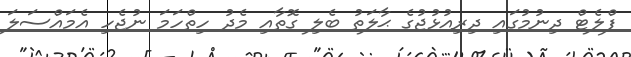
ފްލެޓް ދިނުމުގައި ދިރިއުޅުޖުގެ ޙާލަތު ބެލި ގޮތާއި މެދު ހިތްހަމަ ނުޖެހި އެމައްސަލަ